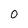
Character: 0